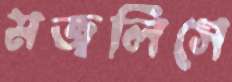
মজলিসে